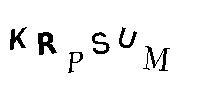
KRPSUM